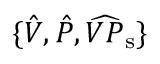
\{ \hat { V } , \hat { P } , \widehat { V P } _ { \mathrm { s } } \}